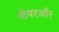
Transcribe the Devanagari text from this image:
शेयरऔर